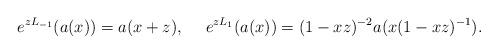
LaTeX: \begin{align*}e^{zL_{-1}}(a(x))=a(x+z),\ \ \ \ e^{zL_1}(a(x))=(1-xz)^{-2}a(x(1-xz)^{-1}).\end{align*}